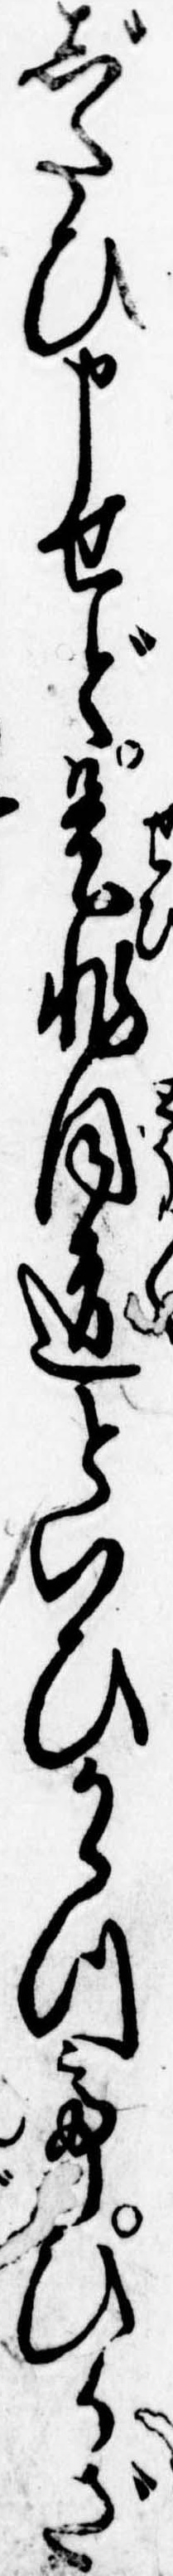
じたひ申せど是非同道といひかゝつてひかざ